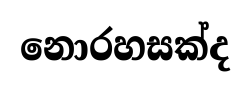
නොරහසක්ද